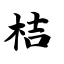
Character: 桔